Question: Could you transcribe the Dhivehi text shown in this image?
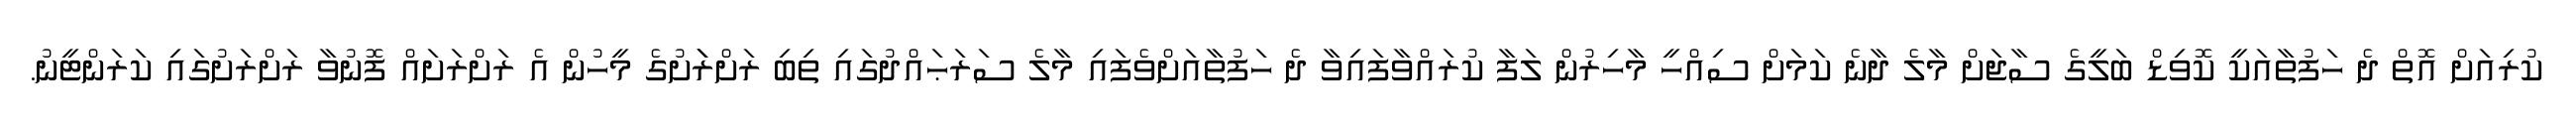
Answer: ކުރިއަށް އޮތް ދެ ހަފުތާއަކީ ކޮވިޑް ބަލީގެ ސާޖަށް މާލެ ދާނެ ކަމަށް ސިއްހީ މާހިރުން ލަފާ ކުރައްވާފައިވާ ދެ ހަފުތާއަށްވެފައި މާލެ ސަރަޙައްދުގައި ތިބި ރަށްރަަށުގެ މީހުން އެ ރަށްރަށައް ފޮނުވާ ރަށްރަށުގައި ކަރަންޓީނު.